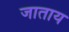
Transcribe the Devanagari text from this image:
जाताय